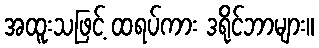
အထူးသဖြင့် ထရပ်ကား ဒရိုင်ဘာများ။